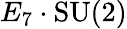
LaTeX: E_{7}\cdot\mathrm{SU}(2)